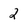
Character: 2